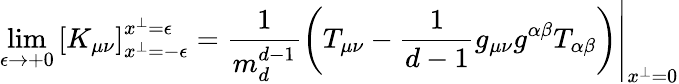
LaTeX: \operatorname*{lim}_{\epsilon\to+0}\left[K_{\mu\nu}\right]_{x^{\perp}=-\epsilon}^{x^{\perp}=\epsilon}=\left.\frac{1}{m_{d}^{d-1}}\left(T_{\mu\nu}-\frac{1}{d-1}g_{\mu\nu}g^{\alpha\beta}T_{\alpha\beta}\right)\right|_{x^{\perp}=0}